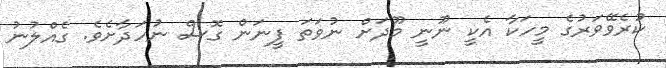
ކުރެވޭވަރުގެ މީހަކާ އެކީ ނޫނީ މޫދަށް ނުވަތަ ފީނަން ގޮސް ނުހަދާށެވެ. ގެއްލުނު